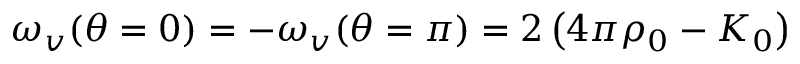
\omega _ { v } ( \theta = 0 ) = - \omega _ { v } ( \theta = \pi ) = 2 \left( 4 \pi \rho _ { 0 } - K _ { 0 } \right)